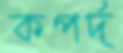
কপর্দ